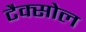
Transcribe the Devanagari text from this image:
टैक्सोल